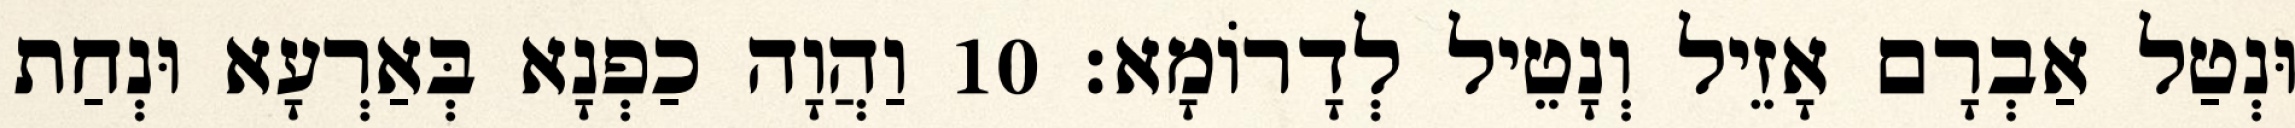
וּנְטַל אַבְרָם אָזֵיל וְנָטֵיל לְדָרוֹמָא׃ 10 וַהֲוָה כַפְנָא בְּאַרְעָא וּנְחַת